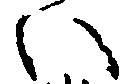
い